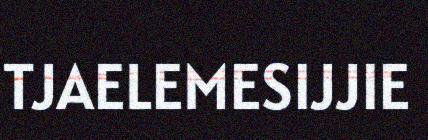
TJAELEMESIJJIE